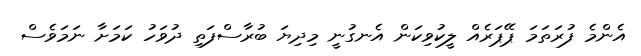
އެންމެ ފުރަތަމަ ޕޭޕަރެއް ލީކުވިކަން އެނގުނީ މިދިޔަ ބުރާސްފަތި ދުވަހު ކަމަށާ ނަމަވެސް